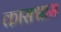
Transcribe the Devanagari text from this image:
कासश्वास